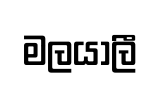
මලයාලී